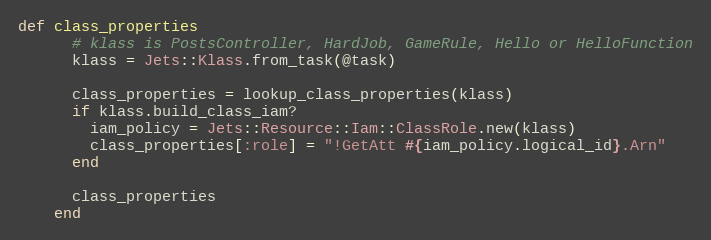
Language: Ruby
def class_properties
      # klass is PostsController, HardJob, GameRule, Hello or HelloFunction
      klass = Jets::Klass.from_task(@task)

      class_properties = lookup_class_properties(klass)
      if klass.build_class_iam?
        iam_policy = Jets::Resource::Iam::ClassRole.new(klass)
        class_properties[:role] = "!GetAtt #{iam_policy.logical_id}.Arn"
      end

      class_properties
    end